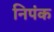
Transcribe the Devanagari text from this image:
निपंक